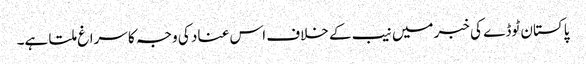
پاکستان ٹوڈے کی خبر میں نیب کے خلاف اس عناد کی وجہ کا سراغ ملتا ہے۔